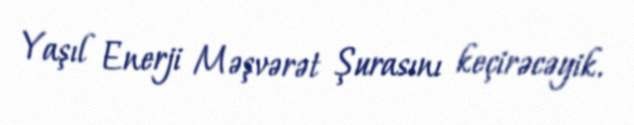
Yaşıl Enerji Məşvərət Şurasını keçirəcəyik.